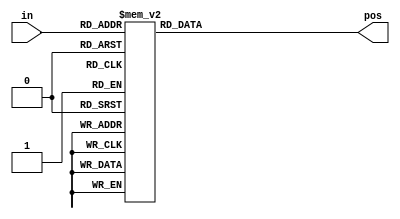
// synthesis verilog_input_version verilog_2001
module top_module (
    input [3:0] in,
    output reg [1:0] pos  );
    always @(*)
        begin
            case(in)
                4'b0000:
                    // pos = 2'd0;
                    pos = 2'b00;
                /* Method 1 */ // incorrect
                // (4'b0001 | 4'b0011 | 4'b0101 | 4'b1001 | 4'b1101 | 4'b1011 | 4'b0111 | 4'b1111):
                    // pos = 2'd0;
                    // pos = 2'b00;
                /* Method 1 */
                /* Method 2 */ // correct
                4'b0001:
                    pos = 2'b00;
                4'b0011:
                    pos = 2'b00;
                4'b0101:
                    pos = 2'b00;
                4'b1001:
                    pos = 2'b00;
                4'b1101:
                    pos = 2'b00;
                4'b1011:
                    pos = 2'b00;
                4'b0111:
		    pos = 2'b00;
                4'b1111:
                    pos = 2'b00;
                /* Method 2 */
                
                /* Method 1 */ // incorrect
                // (4'b0010 | 4'b0110 | 4'b1010 | 4'b1110):
                    // pos = 2'd1;
                    // pos = 2'b01;
                /* Method 1 */
                /* Method 2 */ // correct
                4'b0010:
                    pos = 2'b01;
                4'b0110:
                    pos = 2'b01;
                4'b1010:
                    pos = 2'b01;
                4'b1110:
                    pos = 2'b01;
                /* Method 2 */
                
                /* Method 1 */ // incorrect
                // (4'b0100 | 4'b1100):
                	// pos = 2'd2;
                    // pos = 2'b10;
                /* Method 1 */
                /* Method 2 */ // correct
                4'b0100:
                    pos = 2'b10;
                4'b1100:
                    pos = 2'b10;
                /* Method 2 */
                
                4'b1000:
                    // pos = 2'd3;
	            pos = 2'b11;
                    default:
                    pos = 2'd0;
            endcase
        end
endmodule